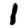
Digit: 1